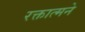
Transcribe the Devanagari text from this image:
रक्तात्मने